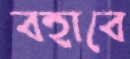
বহাবে